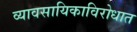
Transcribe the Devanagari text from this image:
व्यावसायिकाविरोधात